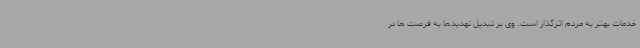
خدمات بهتر به مردم اثرگذار است. وی بر تبدیل تهدیدها به فرصت ها در